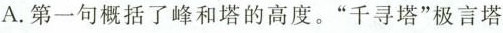
A. 第一句概括了峰和塔的高度。”千寻塔”极言塔